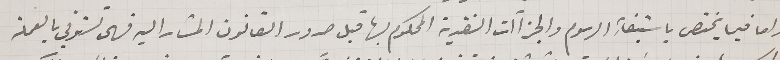
واما فيما يختص باستبقاء الرسوم والجزآات النقدية المحكوم بها قبل صدور القانون المشار اليه فهى ستوفي بالعملة